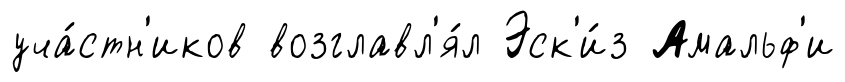
уча́стн'иков возглавл'я́л Эск'и́з Амальф'и